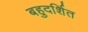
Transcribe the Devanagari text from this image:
बहुदर्शित